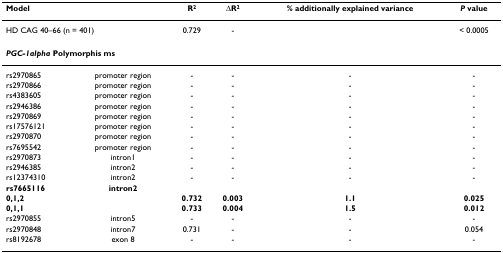
| <COLSPAN=2> Model | R2 | ΔR2 | % additionally explained variance | P value |
 | --- | --- | --- | --- | --- | --- |
 | <COLSPAN=2> HD CAG 40–66 (n = 401) | 0.729 | - |  | < 0.0005 |
 | <COLSPAN=2> PGC-1alpha Polymorphis ms |  |  |  |  |
 | rs2970865 | promoter region | - | - | - | - |
 | rs2970866 | promoter region | - | - | - | - |
 | rs4383605 | promoter region | - | - | - | - |
 | rs2946386 | promoter region | - | - | - | - |
 | rs2970869 | promoter region | - | - | - | - |
 | rs17576121 | promoter region | - | - | - | - |
 | rs2970870 | promoter region | - | - | - | - |
 | rs7695542 | promoter region | - | - | - | - |
 | rs2970873 | intron1 | - | - | - | - |
 | rs2946385 | intron2 | - | - | - | - |
 | rs12374310 | intron2 | - | - | - | - |
 | rs7665116 | intron2 |  |  |  |  |
 | 0,1,2 |  | 0.732 | 0.003 | 1.1 | 0.025 |
 | 0,1,1 |  | 0.733 | 0.004 | 1.5 | 0.012 |
 | rs2970855 | intron5 | - | - | - | - |
 | rs2970848 | intron7 | 0.731 | - | - | 0.054 |
 | rs8192678 | exon 8 | - | - | - | - |